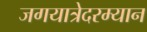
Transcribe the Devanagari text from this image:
जगयात्रेदरम्यान